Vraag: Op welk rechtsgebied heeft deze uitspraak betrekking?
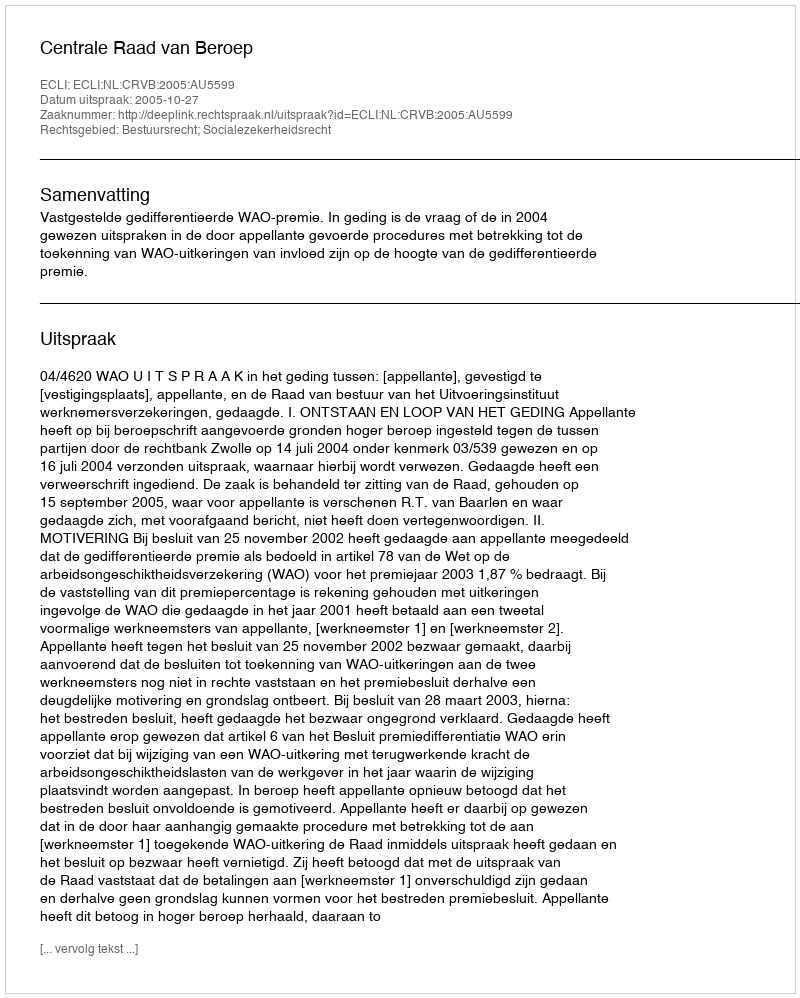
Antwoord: Bestuursrecht; Socialezekerheidsrecht